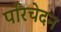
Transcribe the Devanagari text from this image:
परिचेदन